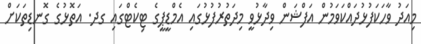
މިއަދު ވާހަކަފުޅުދައްކަވަމުން އަފްޝަން ވިދާޅުވީ މިދަތުރުފުޅުގައި އެމްޑީޕީގެ ޓިކެޓްގައި ގދ. އަތޮޅުގެ ގޮނޑިތަކަށް